Leaving Certificate Examination, 1914
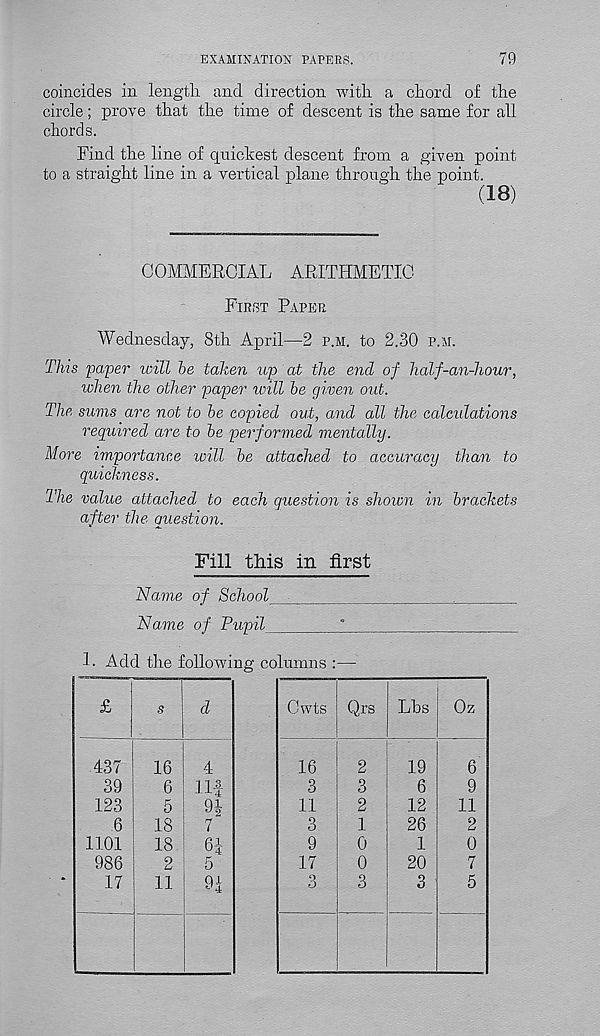
EXAMINATION PAPERS.
79
coincides in length and direction with a chord of the
circle; prove that the time of descent is the same for all
chords.
Find the line of quickest descent from a given point
to a straight line in a vertical plane through the point.
(18)
COMMERCIAL ARITHMETIC
First Paper
Wednesday, 8th April—2 p.m. to 2.30 p.m.
This paper will be taken up at the end of half-an-hour,
lohen the other paper will be given out.
The sums are not to be copied out, and all the calculations
required are to be performed mentally.
More importance will be attached to accuracy than to
quickness.
The value attached to each question is shown in brackets
after the question.
Fill this in first
Name of School
,
Name of Pupil
*
1. Add the following columns :—